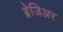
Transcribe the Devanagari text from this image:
ब्रेजिअर